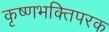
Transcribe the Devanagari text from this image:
कृष्णभक्तिपरक